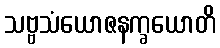
သဗ္ဗသံယောဇနက္ခယောတိ